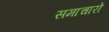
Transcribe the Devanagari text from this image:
समाचारो